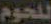
للحوم